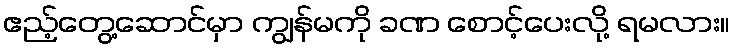
ဧည့်တွေ့ဆောင်မှာ ကျွန်မကို ခဏ စောင့်ပေးလို့ ရမလား။